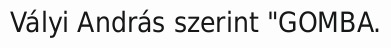
Vályi András szerint "GOMBA.